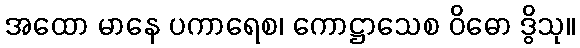
အထော မာနေ ပကာရေစ၊ ကောဋ္ဌာသေစ ဝိဓော ဒွိသု။